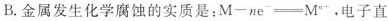
B.金属发生化学腐蚀的实质是：$$M - n e ^ { - } \xlongequal [ ] { } M ^ { n - }$$，电子直